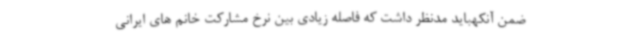
ضمن آنکهباید مدنظر داشت که فاصله زیادی بین نرخ مشارکت خانم های ایرانی